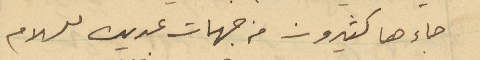
جاءها كثيرون من جهات عديده للسلام